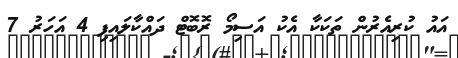
އައު ކުރިއެރުން ތަކަކާ އެކު އަސިމޯ ރޮބޮޓް ދައްކާލައިފި 4 އަހަރު 7